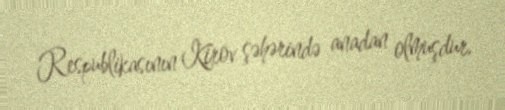
Respublikasının Kirov şəhərində anadan olmuşdur.